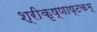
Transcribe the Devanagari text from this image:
श्रीकृष्णाष्टकम्‌